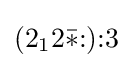
(2_{1}2{\bar {*}}{:}){:}3